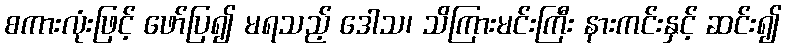
စကားလုံးဖြင့် ဖော်ပြ၍ မရသည့် ဒေါသ၊ သိကြားမင်းကြီး နားကင်းနှင့် ဆင်း၍